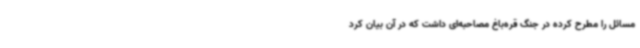
مسائل را مطرح کرده در جنگ قره‌باغ مصاحبه‌ای داشت که در آن بیان کرد